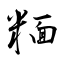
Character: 糆